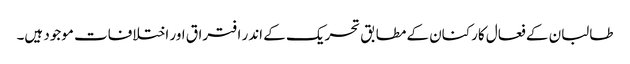
طالبان کے فعال کارکنان کے مطابق تحریک کے اندر افتراق اور اختلافات موجود ہیں۔